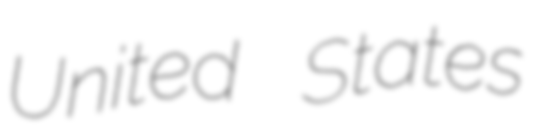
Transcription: United States